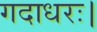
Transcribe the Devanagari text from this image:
गदाधरः।